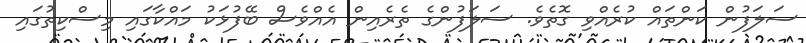
ސަލަފުން ކަންތައް ކުރެއްވި ގޮތެވެ. ސަލަފުންގެ ތެރެއިން އެއްވެސް ބޭފުޅަކު މައްކާގައި މިސްކިތުގައި